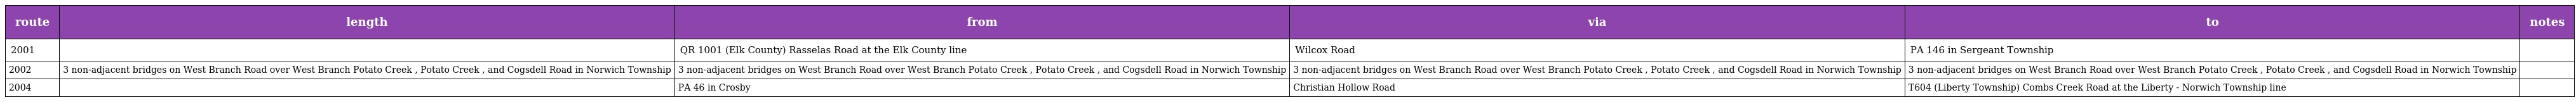
| route | length | from | via | to | notes |
 | --- | --- | --- | --- | --- | --- |
 | 2001 |  | QR 1001 (Elk County) Rasselas Road at the Elk County line | Wilcox Road | PA 146 in Sergeant Township |  |
 | 2002 | 3 non-adjacent bridges on West Branch Road over West Branch Potato Creek , Potato Creek , and Cogsdell Road in Norwich Township | 3 non-adjacent bridges on West Branch Road over West Branch Potato Creek , Potato Creek , and Cogsdell Road in Norwich Township | 3 non-adjacent bridges on West Branch Road over West Branch Potato Creek , Potato Creek , and Cogsdell Road in Norwich Township | 3 non-adjacent bridges on West Branch Road over West Branch Potato Creek , Potato Creek , and Cogsdell Road in Norwich Township |  |
 | 2004 |  | PA 46 in Crosby | Christian Hollow Road | T604 (Liberty Township) Combs Creek Road at the Liberty - Norwich Township line |  |